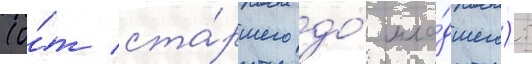
(о́т ста́ршего до́ мла́дшего):